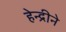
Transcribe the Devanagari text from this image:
हेन्द्रीने